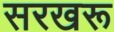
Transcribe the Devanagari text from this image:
सरखरू